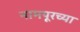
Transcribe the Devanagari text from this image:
नामपूरच्या